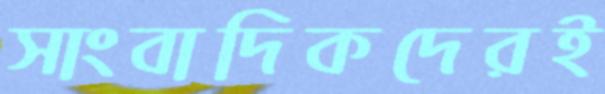
সাংবাদিকদেরই